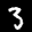
Label: 3